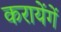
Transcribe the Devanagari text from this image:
करायेंगें